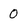
Character: 0